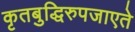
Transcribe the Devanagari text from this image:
कृतबुद्धिरुपजाएते